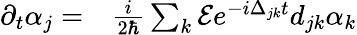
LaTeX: \begin{array}{rl}{\partial_{t}\alpha_{j}=}&{{}\frac{i}{2\hbar}\sum_{k}\mathcal{E}e^{-i\Delta_{jk}t}d_{jk}\alpha_{k}}\end{array}